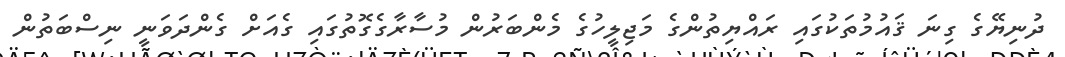
ދުނިޔޭގެ ގިނަ ޤައުމުތަކުގައި ރައްޔިތުންގެ މަޖިލީހުގެ މެންބަރުން މުސާރާގެގޮތުގައި ގެއަށް ގެންދަވަނީ ނިސްބަތުން